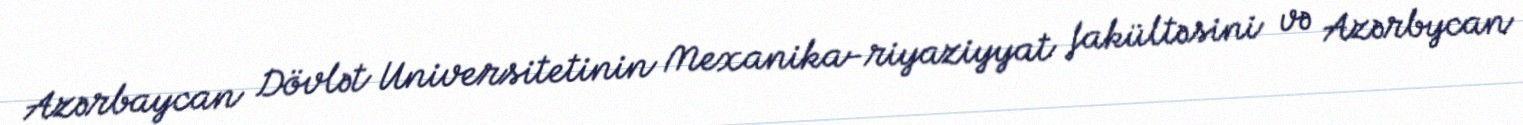
Azərbaycan Dövlət Universitetinin Mexanika-riyaziyyat fakültəsini və Azərbycan